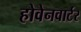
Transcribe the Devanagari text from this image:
होवेनवार्टर